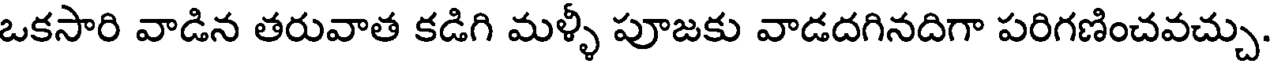
ఒకసారి వాడిన తరువాత కడిగి మళ్ళీ పూజకు వాడదగినదిగా పరిగణించవచ్చు